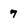
Character: 7